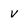
Character: v